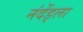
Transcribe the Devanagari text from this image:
नंदेंड्ला